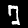
Digit: 7